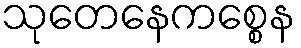
သုတေနေကစ္စေန